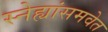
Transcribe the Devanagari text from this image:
स्नेह्यांसमवेत